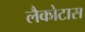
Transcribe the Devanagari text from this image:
लैकोटास